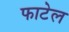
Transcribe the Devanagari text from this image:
फाटेल